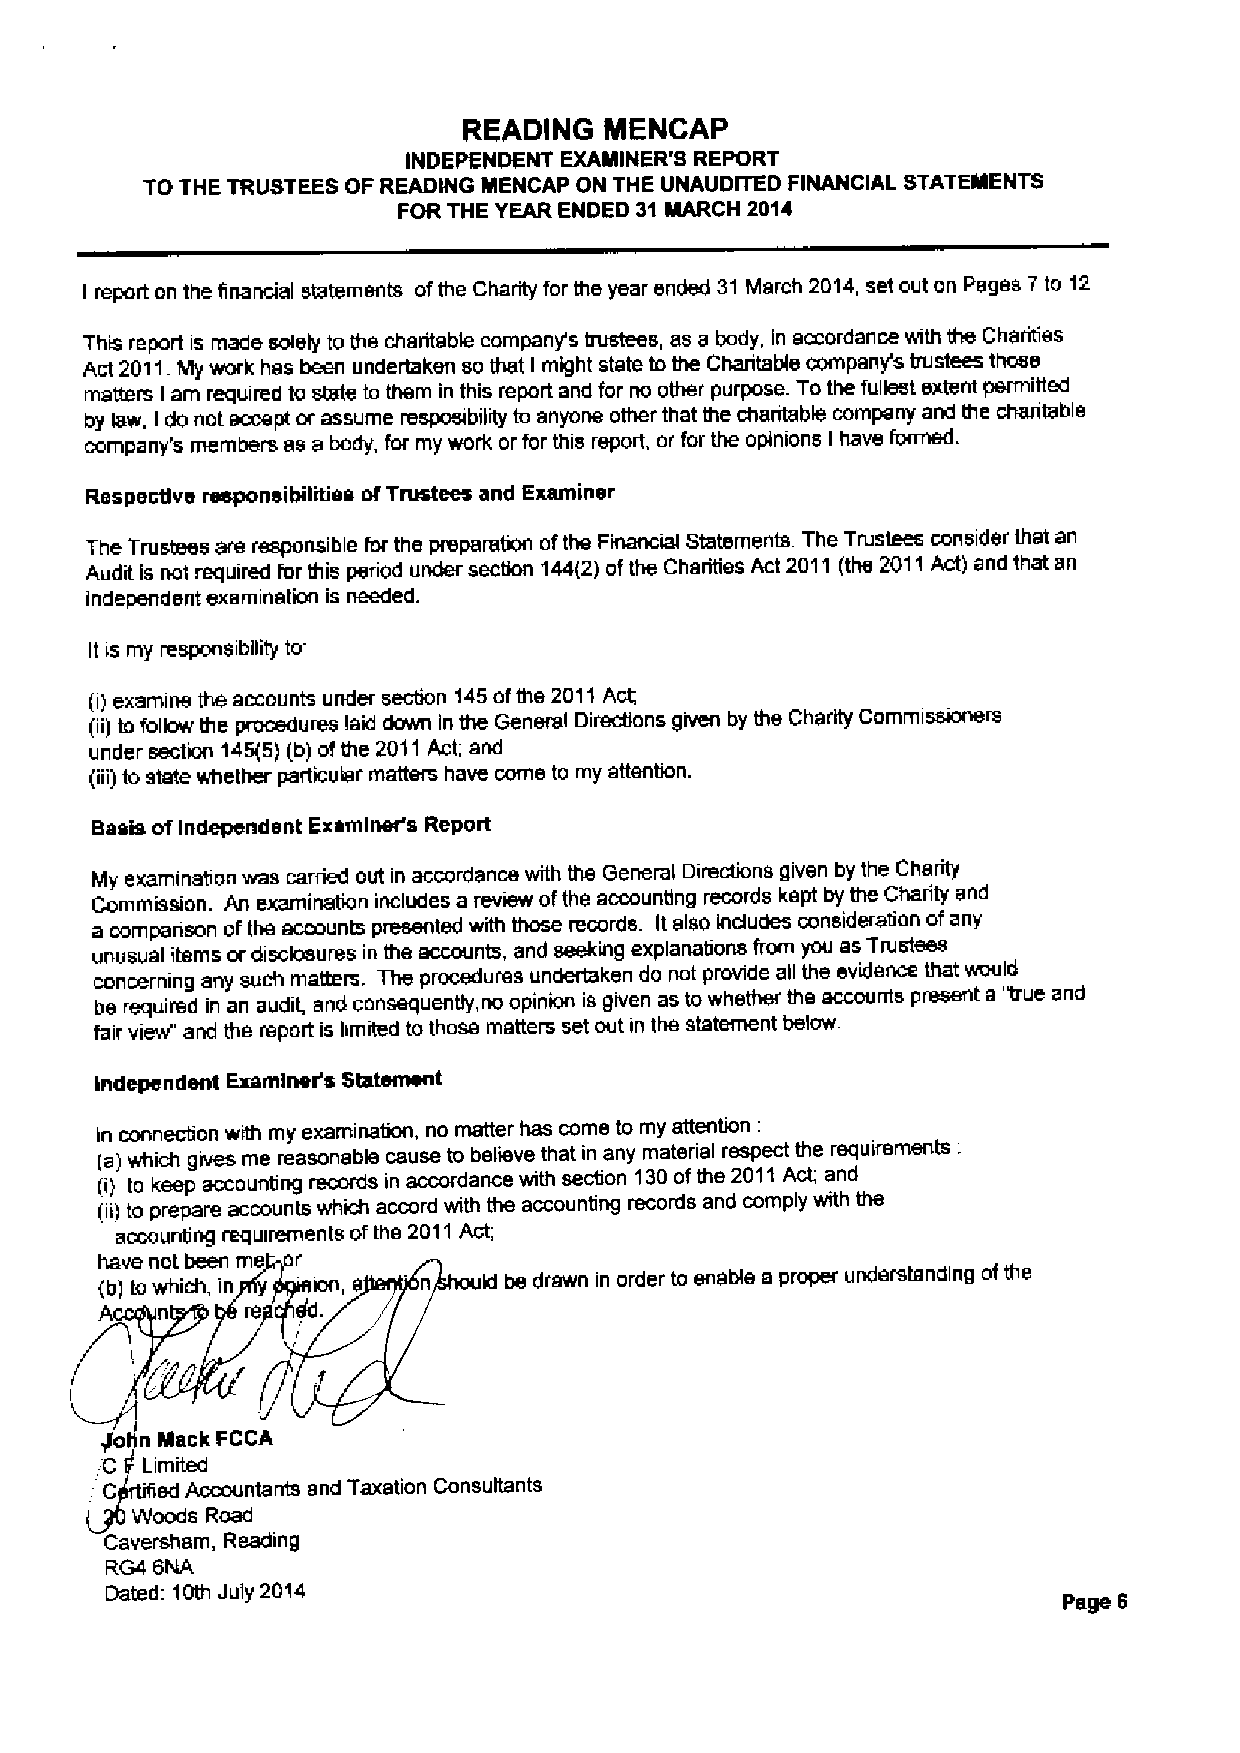
READING  MENCAP
 INDEPENDENT EXAMINER'S REPORT
 TO THE TRUSTEES OF READING MENCAP ON THE UNAUDITED FINANCIAL STATEMENTS
 FOR THE YEAR ENDED 31MARCH 2014
 report on the financial statements ofthe Charity for the year ended 31 lvlarch 2014, set out on Pages 7 to 12
 I
 This report is made solely to the charitable company's trustees, as a body, in accordance with the Charities
 Act 2011. IVly work has been undertaken so that I might state to the Chantable company's trustees those
 matters am required to state tc them in this report and for no other purpose. Tothe fullest extent permitted
 I
 by law, I do not accept or assume resposibility to anyone other that the charitable company and the charitable
 company's members as a body, for my work or for this report, or for the opinions I have formed.
 Respective responsibilities ofTrustees and Examiner
 The Trustees are responsible for the preparation ofthe Financial Statements The Trustees consider that an
 Audit is not required for this period under secfion 144(2)ofthe Charities Act 2011 (the 2011Act) and that an
 independent examination is needed.
 It is my responsibility to:
 (i)examine the accounts under section 145ofthe 2011Act;
 (ii) to folkwv the procedures laid down in the General Directions given by the Charity Commissioners
 under section 145(5)(b) ofthe 2011AcL and
 (iii) to state whether particular matters have come to my attention.
 Basis ofIndependent Examiner's Report
 My examination was carried out in accordance with the General Directions given by the Charity
 Commission. An examination includes a review ofthe accounting records kept by the Charity and
 a comparison ofthe accounts presenuxl with those records. Italso indudes consideration ofany
 unusual items or disckisures in the accounts, and seeking explanations from you as Trustees
 concerning any such matters. The procedures undertaken do not provide all the evidence that would
 be required in an audit, and consequently, no opinion is given as towhether the accounts present a 'true and
 fair view" and the report is limited to those matters set out in the statement below.
 Independent Examiner's Statement
 in connection with my examination, no matter has come to my attention:
 (a)which gives me reasonable cause to believe that in any materiel respect the requirements:
 (i) to keep accounting records in accordance with secllon 130ofthe 2011AcL and
 (ii) to prepare accounts which accord with the accounbng records and comply with the
 accounting requirements ofthe 2011Act;
 have not been me or
 (b)to which, in y ion, n Id be drawn in order to enable a proper understanding ofthe
 A  n     re
 o n Mack FCCA
 C Limited
 C  ed Accountants and Taxation Consultants
 Woods Road
 Caversham, Reading
 RG4 Gh(A
 Dated: 10th July 2014
 Page 6